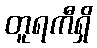
တူရကီရှိ